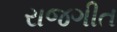
રાજગીત